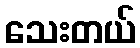
သေးတယ်